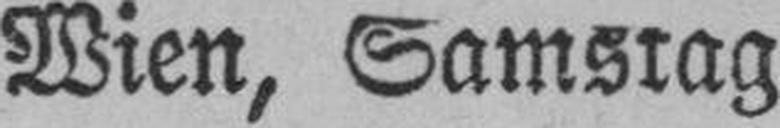
Wien, Samstag